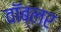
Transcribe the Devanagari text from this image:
वॉब्लर